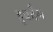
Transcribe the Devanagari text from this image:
हुकाँग